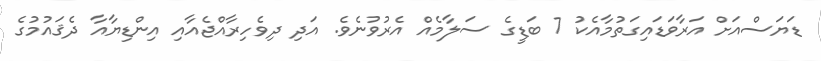
ޑަޔަސްއަށް އަރާވަޑައިގަތުމާއެކު 7 ބަޑީގެ ސަލާމެއް އެރުވުނެވެ. އަދި ދިވެހިރާއްޖެއާއި އިންޑިޔާއާ ދެޤައުމުގެ